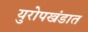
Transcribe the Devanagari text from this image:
युरोपखंडात